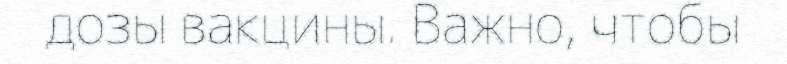
дозы вакцины. Важно, чтобы